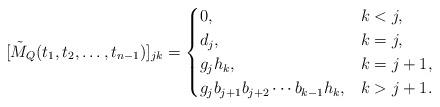
LaTeX: \begin{align*}[\tilde{M}_Q(t_1,t_2,\ldots,t_{n-1})]_{jk} = \begin{cases} 0, & k < j, \\ d_j, & k = j, \\ g_j h_k, & k = j + 1, \\ g_j b_{j+1} b_{j+2} \cdots b_{k-1} h_k, & k > j + 1.\end{cases} \end{align*}